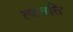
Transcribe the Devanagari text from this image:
त्यजति